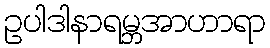
ဥပါဒါနာရမ္ဘအာဟာရာ